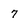
Character: 7